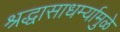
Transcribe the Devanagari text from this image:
श्रद्धासाधर्म्यामुळे